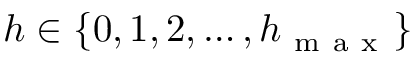
h \in \{ 0 , 1 , 2 , \dots , h _ { \mathrm { ~ m ~ a ~ x ~ } } \}